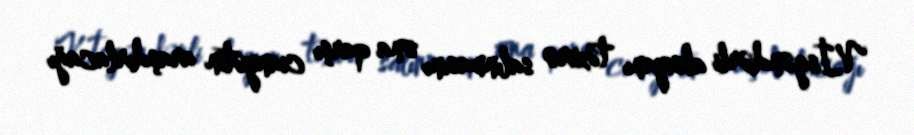
V.İsgəndərli aksiyanı təxirə salınmasını ona qarşı cianyətin araşdırlacağı